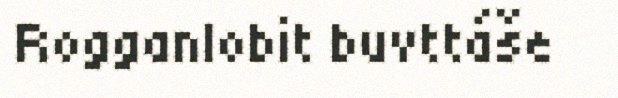
Rogganlobit buvttáše